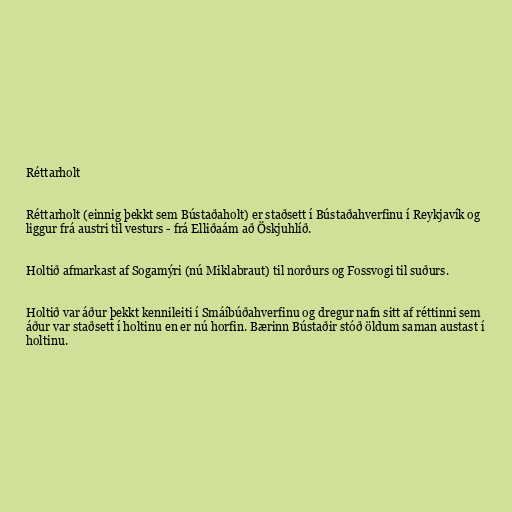
Réttarholt

Réttarholt (einnig þekkt sem Bústaðaholt) er staðsett í Bústaðahverfinu í Reykjavík og
liggur frá austri til vesturs - frá Elliðaám að Öskjuhlíð.

Holtið afmarkast af Sogamýri (nú Miklabraut) til norðurs og Fossvogi til suðurs.

Holtið var áður þekkt kennileiti í Smáíbúðahverfinu og dregur nafn sitt af réttinni sem
áður var staðsett í holtinu en er nú horfin. Bærinn Bústaðir stóð öldum saman austast í
holtinu.